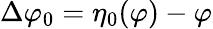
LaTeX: \Delta\varphi_{0}=\eta_{0}(\varphi)-\varphi